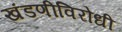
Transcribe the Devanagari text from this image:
खंडणीविरोधी